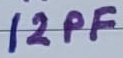
Text: 12PF